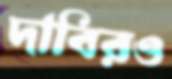
দাবিরও